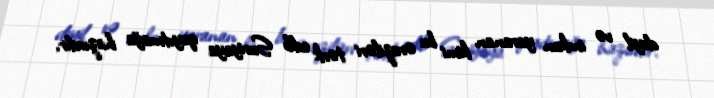
deyil və imkan yaranan kimi bu əraziləri tərk edib Suriyaya qayıtmağa hazırdır.